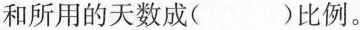
和所用的天数成( )比例。